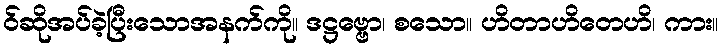
ဝ်ဆိုအပ်ခဲ့ပြီးသောအနက်ကို။ ဒဋ္ဌဗ္ဗော၊ စသော။ ဟိတာဟိတေဟိ၊ ကား။